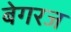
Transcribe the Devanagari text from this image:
बेगरज